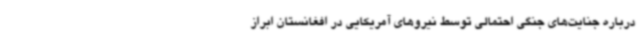
درباره جنایت‌های جنگی احتمالی توسط نیروهای آمریکایی در افغانستان ابراز